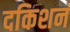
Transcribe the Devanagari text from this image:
दकिशनं